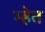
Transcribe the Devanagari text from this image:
म्हेत